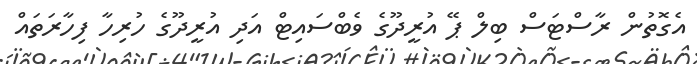
އެގޮތުން ރާސްޓަސް ބިލް ޕޭ އުރީދޫގެ ވެބްސައިޓް އަދި އުރީދޫގެ ހުރިހާ ފިހާރަތައް